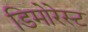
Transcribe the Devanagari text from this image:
डिमोरेस्ट